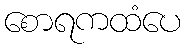
စောရကထံပေ